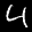
Digit: 4